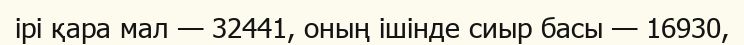
ірі қара мал — 32441, оның ішінде сиыр басы — 16930,